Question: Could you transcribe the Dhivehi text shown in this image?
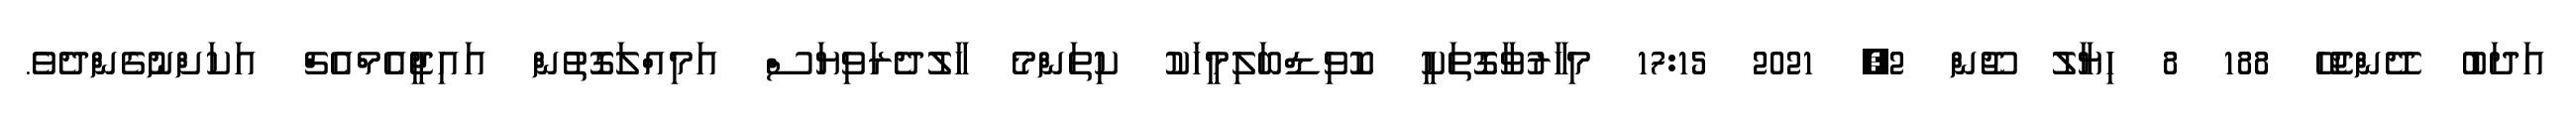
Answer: އަދަބު ދޭންޖެހޭ 188 8 ހިޔާލު ޖޫން 2, 2021 17:15 މިހާރުވާގޮތަކީ ކޮވިޑްބަލިމީހަކު ކިތަންމެ ހާލުދެރަވިޔަސް އަމިއްލަގޮތުން އައިޖީއެމްއެޗް އަކަށްނުގެންދެވެ.